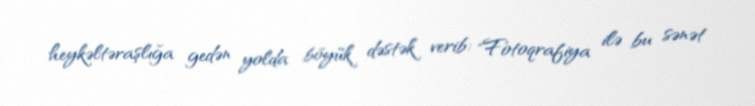
heykəltəraşlığa gedən yolda böyük dəstək verib: "Fotoqrafiya ilə bu sənət